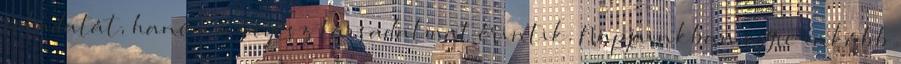
feladatát, hanem az egész társadalmat érintik. Napjainkban egyre inkább